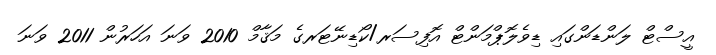
އީސްޓް ލަންޑަންގައި ޑިވެލޮޕްމަންޓް އޮފިސަރ/ކޯޑިނޭޓަރގެ މަޤާމް 2010 ވަނަ އަހަރުން 2011 ވަނަ